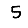
Digit: 5